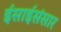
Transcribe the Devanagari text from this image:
ईसाईसंसार